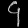
Digit: ၄